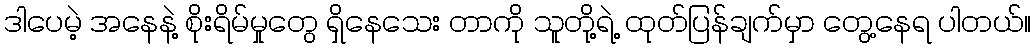
ဒါပေမဲ့ အနေနဲ့ စိုးရိမ်မှုတွေ ရှိနေသေး တာကို သူတို့ရဲ့ ထုတ်ပြန်ချက်မှာ တွေ့နေရ ပါတယ်။